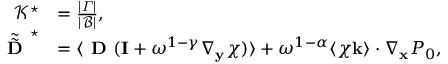
\begin{array} { r l } { \mathcal { K ^ { \star } } } & { = \frac { | \varGamma | } { | \mathcal B | } , } \\ { \tilde { \tilde { \textbf { D } } } ^ { \star } } & { = \langle \textbf { D } ( \mathbf I + \omega ^ { 1 - \gamma } \nabla _ { \mathbf y } \boldsymbol { \chi } ) \rangle + \omega ^ { 1 - \alpha } \langle \boldsymbol { \chi } \mathbf k \rangle \cdot \nabla _ { \mathbf x } P _ { 0 } , } \end{array}